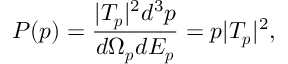
P ( \boldsymbol { p } ) = \frac { | T _ { \boldsymbol { p } } | ^ { 2 } d ^ { 3 } \boldsymbol { p } } { d \Omega _ { \boldsymbol { p } } d E _ { \boldsymbol { p } } } = p | T _ { \boldsymbol { p } } | ^ { 2 } ,